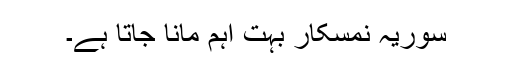
سوریہ نمسکار بہت اہم مانا جاتا ہے۔